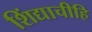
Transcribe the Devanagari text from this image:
शिंद्याचीहि